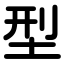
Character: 型